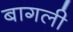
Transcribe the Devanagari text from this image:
बागली